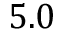
5 . 0